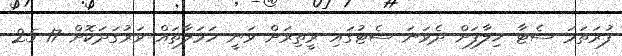
ފުރަތަމަ ސެޓާ ޚިލާފަށް ދެވަނަ ސެޓުގައި ރީތިރަށް ވަނީ ހަމަލާތައް ވަރުގަދަކޮށް 17-25